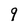
Character: 9